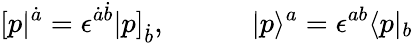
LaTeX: [p|^{\dot{a}}=\epsilon^{\dot{a}\dot{b}}|p]_{\dot{b}},\quad\quad\quad|p\rangle^{a}=\epsilon^{ab}\langle p|_{b}